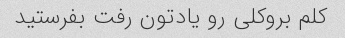
کلم بروکلی رو یادتون رفت بفرستید